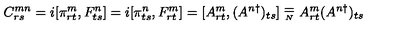
C _ { r s } ^ { m n } = i [ \pi _ { r t } ^ { m } , F _ { t s } ^ { n } ] = i [ \pi _ { t s } ^ { n } , F _ { r t } ^ { m } ] = [ A _ { r t } ^ { m } , ( A ^ { n \dagger } ) _ { t s } ] \stackrel { _ { \textstyle = } } { _ { _ { N } } } A _ { r t } ^ { m } ( A ^ { n \dagger } ) _ { t s }